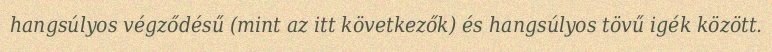
hangsúlyos végződésű (mint az itt következők) és hangsúlyos tövű igék között.